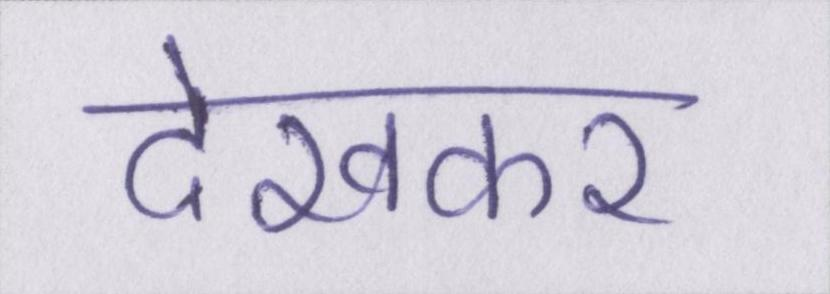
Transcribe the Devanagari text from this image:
देखकर